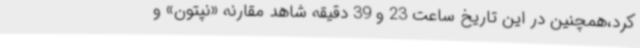
کرد،همچنین در این تاریخ ساعت 23 و 39 دقیقه شاهد مقارنه «نپتون» و